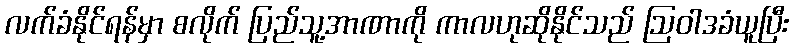
လက်ခံနိုင်ရန်မှာ စလိုက် ပြည်သူ့အာဏာကို ကာလဟုဆိုနိုင်သည် ဩဝါဒခံယူပြီး